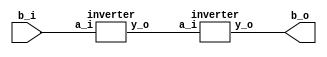
module   buffer (b_i,b_o);  
input b_i;
output b_o;
wire  p; 	 
 	inverter  i1(b_i,p);
inverter  i2(p,b_o);
endmodule

module   inverter (a_i,y_o);     
input  a_i;
output  y_o;
 	assign  y_o  =  ~a_i;
endmodule